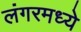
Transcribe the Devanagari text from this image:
लंगरमध्ये